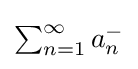
{\textstyle \sum _{n=1}^{\infty }a_{n}^{-}}